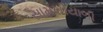
સામખીયાળી